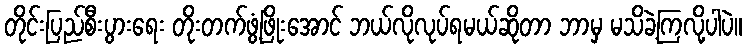
တိုင်းပြည်စီးပွားရေး တိုးတက်ဖွံ့ဖြိုးအောင် ဘယ်လိုလုပ်ရမယ်ဆိုတာ ဘာမှ မသိခဲ့ကြလို့ပါပဲ။